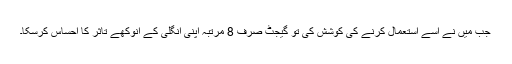
جب میں نے اسے استعمال کرنے کی کوشش کی تو گیجٹ صرف 8 مرتبہ اپنی انگلی کے انوکھے تاثر کا احساس کرسکا۔